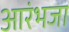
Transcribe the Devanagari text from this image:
आरंभजा